Leaving Certificate Examination, 1915
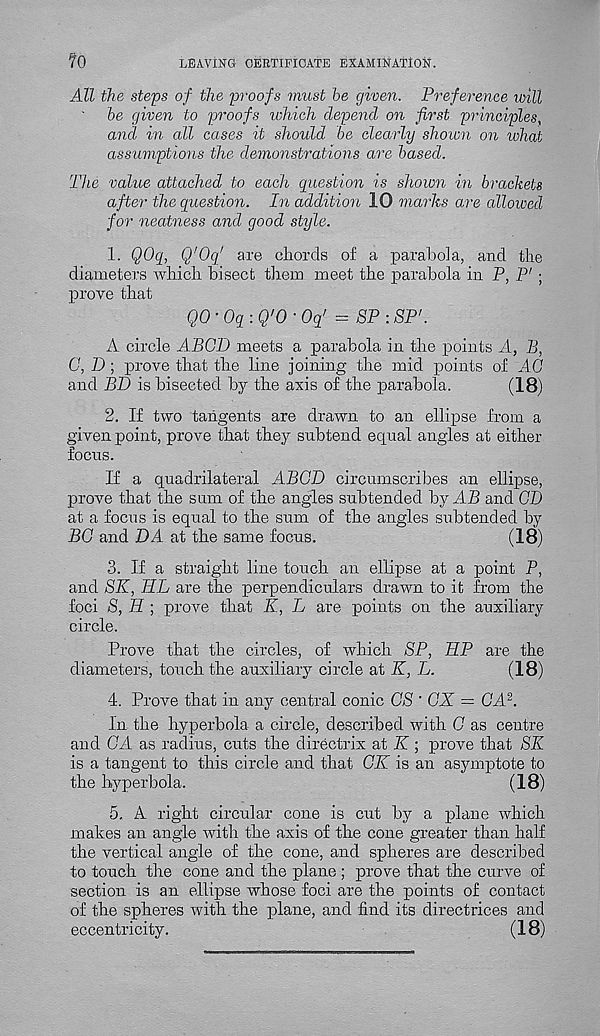
70
LEAVING CERTIFICATE EXAMINATION.
All the steps of the proofs must he given. Preference will
be given to proofs ivhich depend on first principles,
and in all cases it should be clearly shown on what
assumptions the demonstrations are based.
The value attached to each question is shown in brackets
after the question. In addition 10 marks are allowed
for neatness and good style.
1. QOq, Q'Oq' are chords of a parabola, and the
diameters which bisect them meet the parabola in P, P' ;
prove that
QO-Oq-.Q'O-Oq’ = SP : SP'.
A circle ABGD meets a parabola in the points A, B,
G, D ; prove that the line joining the mid points of AC
and BD is bisected by the axis of the parabola.
(18)
2. If two tangents are drawn to an ellipse from a
given point, prove that they subtend equal angles at either
focus.
If a quadrilateral ABGD circumscribes an ellipse,
prove that the sum of the angles subtended by AP and CD
at a focus is equal to the sum of the angles subtended by
BG and DA at the same focus.
(18)
3. If a straight line touch an ellipse at a point P,
and SK, HL are the perpendiculars drawn to it from the
foci S, H ; prove that K, L are points on the auxiliary
circle.
Prove that the circles, of which SP, IIP are the
diameters, touch the auxiliary circle at K, L.
(18)
4. Prove that in any central conic GS' GX = GA 2 .
In the hyperbola a circle, described with G as centre
and GA as radius, cuts the directrix at K ; prove that SK
is a tangent to this circle and that GK is an asymptote to
the hyperbola.
(18)
5. A right circular cone is cut by a plane which
makes an angle with the axis of the cone greater than half
the vertical angle of the cone, and spheres are described
to touch the cone and the plane ; prove that the curve of
section is an ellipse whose foci are the points of contact
of the spheres with the plane, and find its directrices and
eccentricity.
(18)